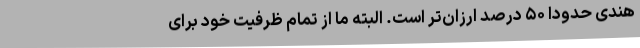
هندی حدودا ۵۰ درصد ارزان‌تر است. البته ما از تمام ظرفیت خود برای